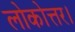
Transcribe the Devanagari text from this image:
लोकोत्तर।